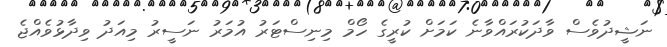
ނަޝީދުވެސް ވާދަކުރައްވާނެ ކަމަށް ކުރީގެ ހޯމް މިނިސްޓަރު އުމަރު ނަސީރު މިއަދު ވިދާޅުވެއްޖެ